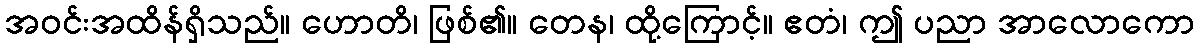
အဝင်းအထိန်ရှိသည်။ ဟောတိ၊ ဖြစ်၏။ တေန၊ ထို့ကြောင့်။ ဧတံ၊ ဤ ပညာ အာလောကော